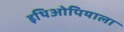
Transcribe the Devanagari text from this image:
इथिओपियाला